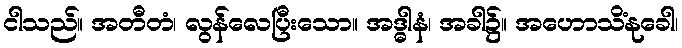
ငါသည်။ အတီတံ၊ လွန်လေပြီးသော။ အဒ္ဓါနံ၊ အခါ၌။ အဟောသိံနုခေါ၊